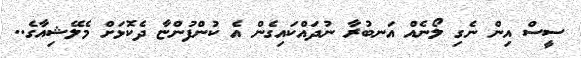
ސީސް އިން ނެގި ލޯނެއް އަނބުރާ ނުދައްކައިގެން އެ ކުންފުންޏާ ދެކޮޅަށް މެލޭޝިއާގެ..